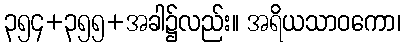
၃၅၄+၃၅၅+အခါ၌လည်း။ အရိယသာဝကော၊